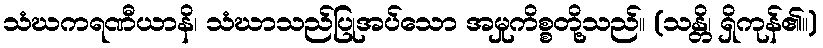
သံဃကရဏီယာနိ၊ သံဃာသည်ပြုအပ်သော အမှုကိစ္စတို့သည်။ (သန္တိ၊ ရှိကုန်၏။)